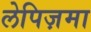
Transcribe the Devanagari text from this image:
लेपिज़मा